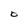
Character: O